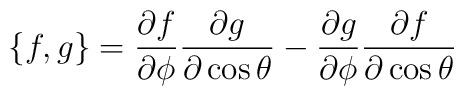
\{f,g\}=\frac{\partial f}{\partial\phi}\frac{\partial g}{\partial\cos\theta}-\frac{\partial g}{\partial\phi}\frac{\partial f}{\partial\cos\theta}